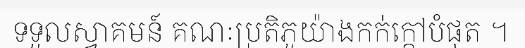
ទទួលស្វាគមន៍ គណៈប្រតិភូយ៉ាងកក់ក្តៅបំផុត ។